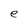
Character: e